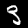
Label: 3